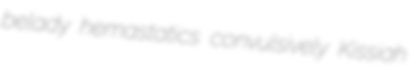
belady hemastatics convulsively Kissiah